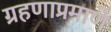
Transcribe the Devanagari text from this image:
ग्रहणाप्रमाणे